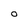
Character: O